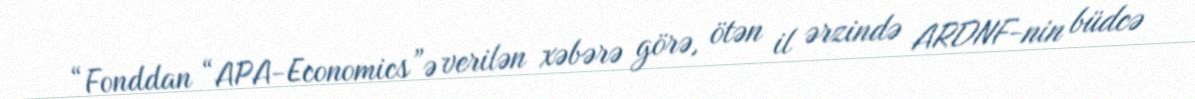
“Fonddan “APA-Economics”ə verilən xəbərə görə, ötən il ərzində ARDNF-nin büdcə